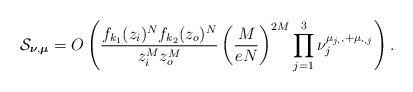
LaTeX: \begin{align*}\mathcal S_{\boldsymbol\nu,\boldsymbol\mu}=O\left(\frac{f_{k_1}(z_i)^Nf_{k_2}(z_o)^N}{z_i^M z_o^M}\left(\frac{M}{eN}\right)^{2M}\prod_{j=1}^3\nu_j^{\mu_{j,\boldsymbol\cdot}+\mu_{\boldsymbol\cdot,j}}\right).\end{align*}